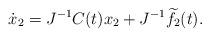
LaTeX: \begin{align*}\dot x_2=J^{-1}C(t)x_2+J^{-1}\widetilde f_2(t).\end{align*}